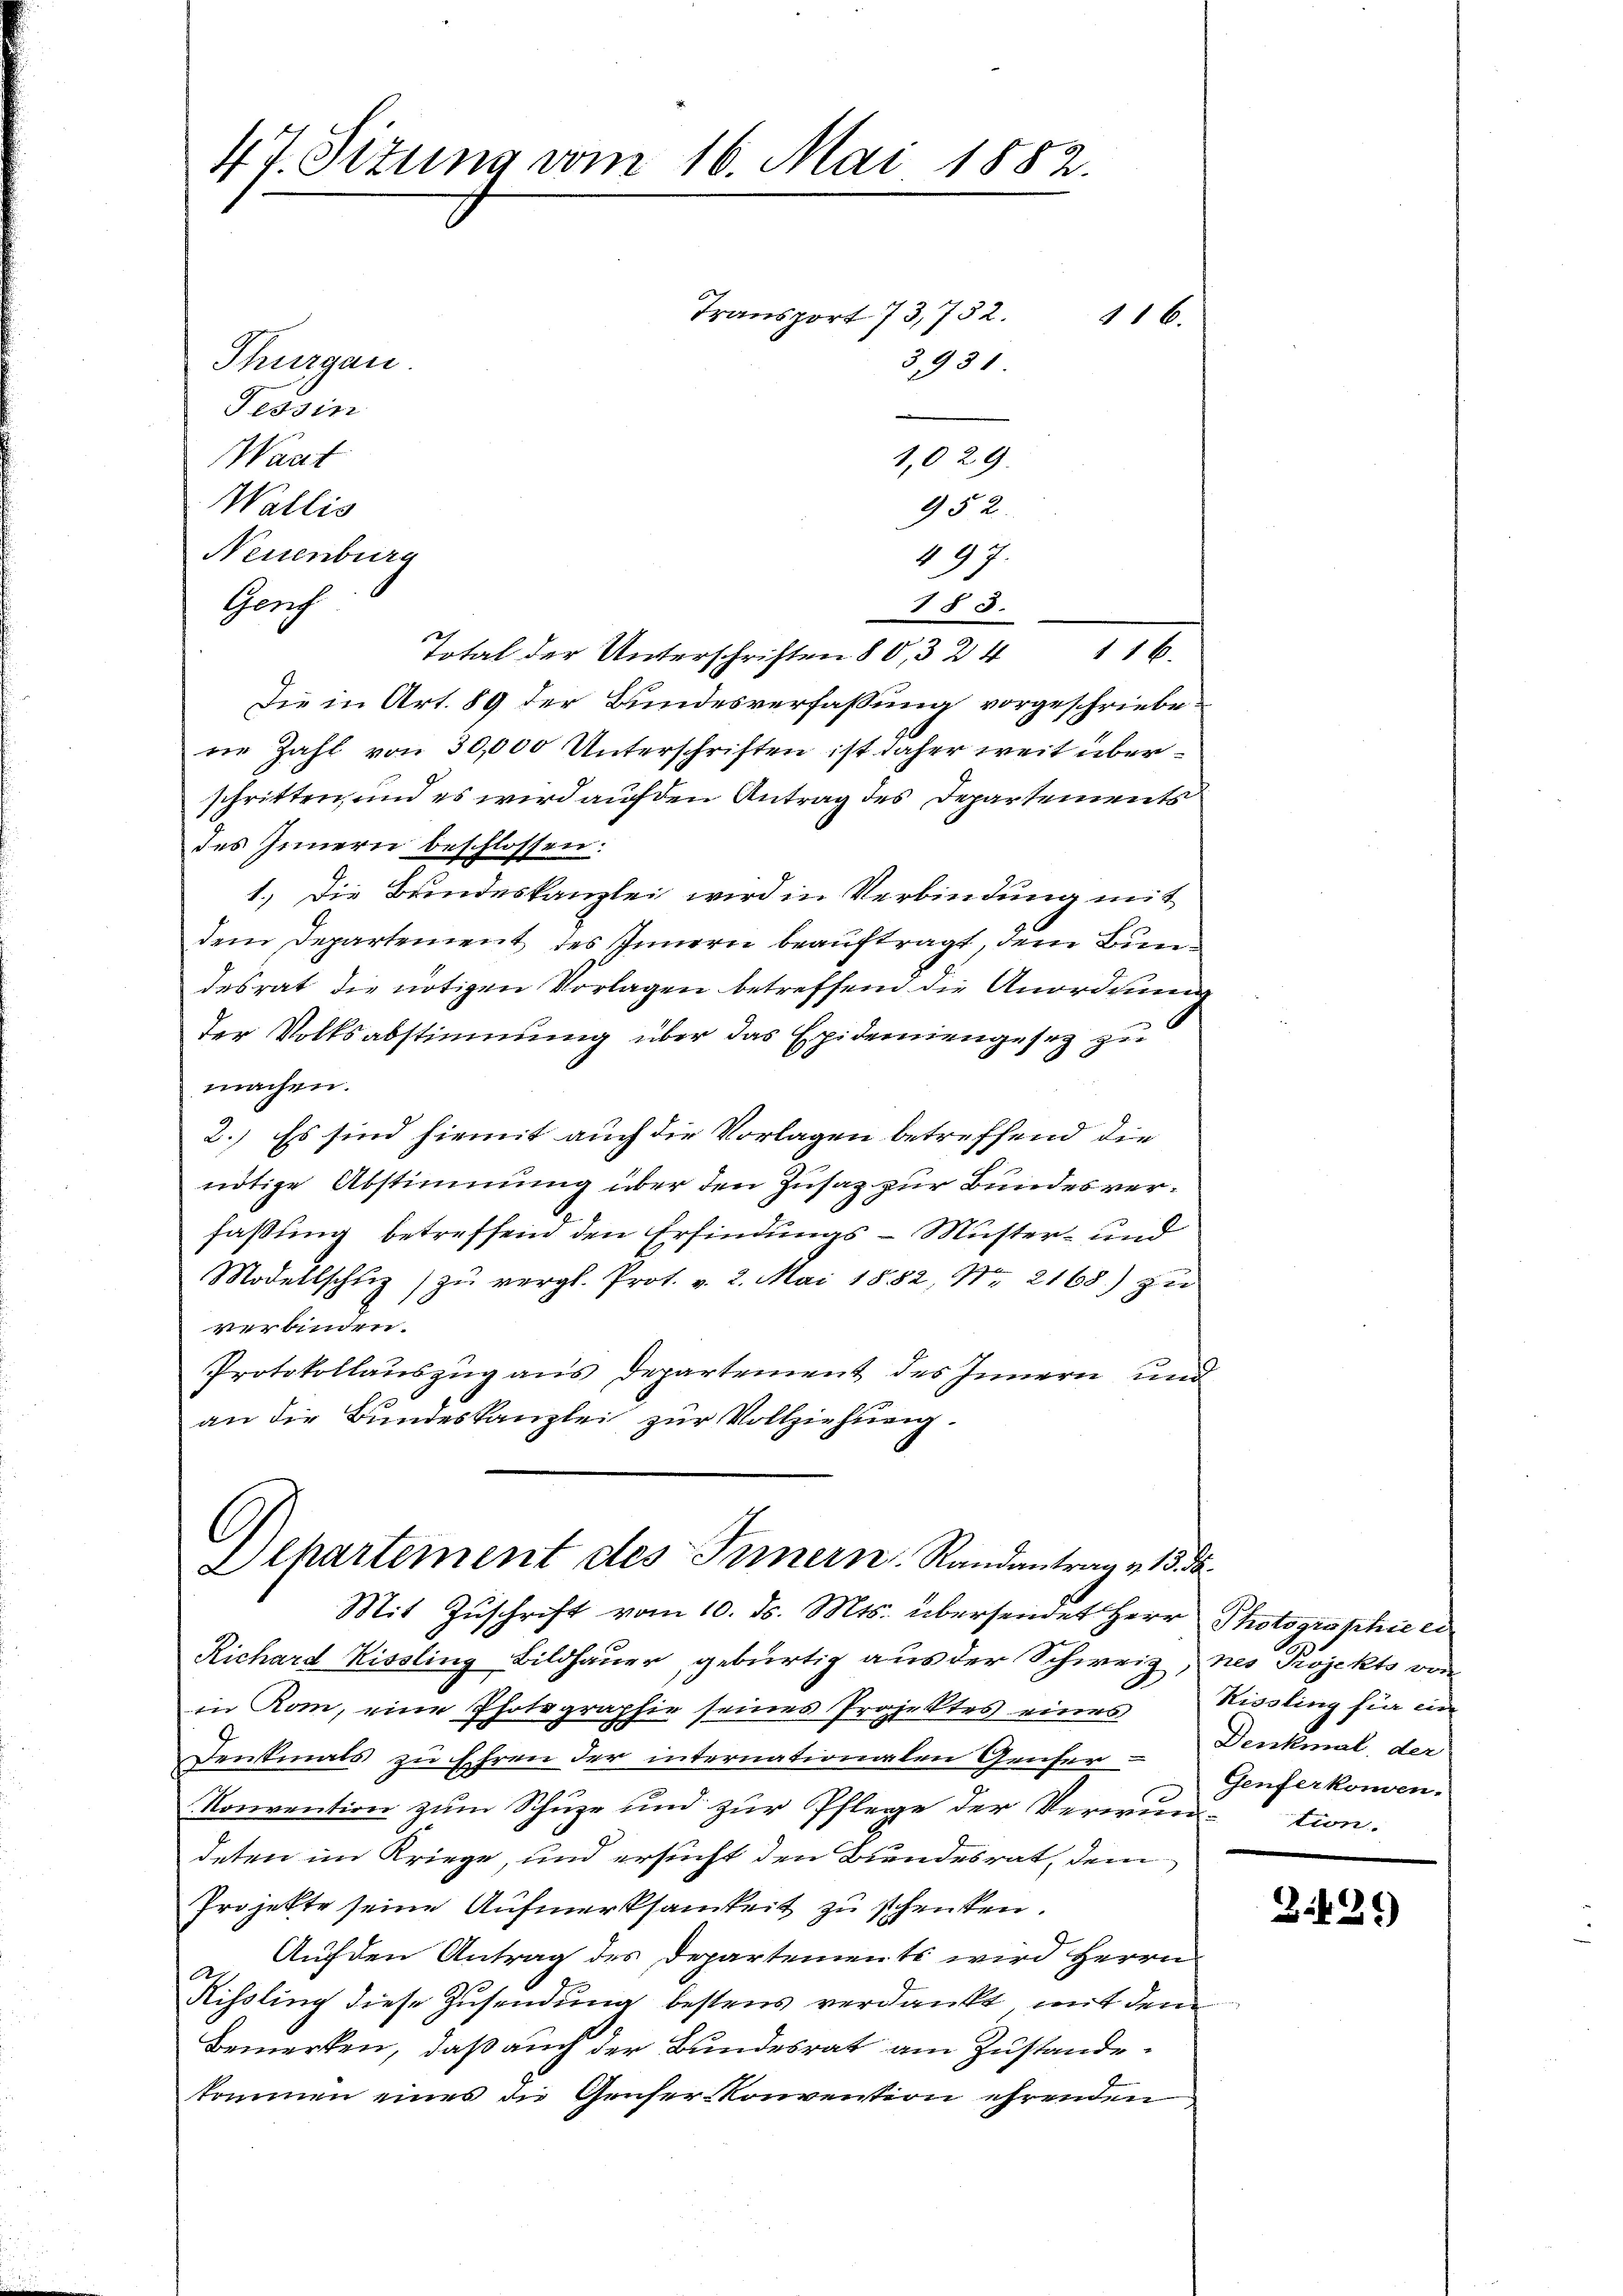
47. Situng vom 16. Mai 1882.
Transport 73,752.
16.
Thurgau.
3,931
Tessin
Wart
1,029.
Wallis
952.

Neuenburg
497.
Genf
183.
Total der Unterschriften 80, 324 116.
Die in Art. 89 der Bundesverfassung vorgeschriebene Zahl von 30,000 Unterschriften ist daher weit überschritten, und es wird auf den Antrag des Departements
des Innern beschlossen:
1.) Die Bundeskanzlei wird in Verbindung mit
dem Departement des Innern beauftragt, dem Bundesrat die nötigen Vorlagen betreffend die Anordnung
der Volksabstimmung über das Epidemiengesez zu
machen.
2.) Es sind hiemit auch die Vorlagen betreffend die
nötige Abstimmung über den Zusaz zur Bundesverfaßung betreffend den Erfindungs-Müster- und
Modellschuz zŭ vergl. Prot. v. 2. Mai 1882, Nr. 2168) zu
verbinden.
Protokollaŭszŭg ans Departement des Innern und
an die Bundeskanzlei zur Vollziehung.

C
Elpartement des Innern Randantrag v. 15. ds.
Mit Zŭschrift vom 10. ds. Mts. übersendet Herr Photographie ei

Richard Kissling Bildhauer gebürtig aus der Schweiz, nes Projekts von
in Rom, eine Photographie seines Projektes eines Rissling für in
Denkmals zu Ehren der internationalen Gruser Genferkomen-
Konvention zum Schüze und zur Pflege der Verwun-tion.
deten im Kriege, und ersucht den Bundesrat, dem
Projekte seine Aufmerksamkeit zu schenken.
Auf den Antrag des Departements wird Herrn
Kissling diese Zusendung bestens verdankt, mit dem
Bemerken, daß auch der Bundesrat am Zustande
kommen eines die Genfer Konvention ehrenden

Denkmal, der

8:429)